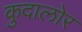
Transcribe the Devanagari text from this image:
कुदालोर